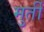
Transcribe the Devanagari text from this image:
मुर्तीं